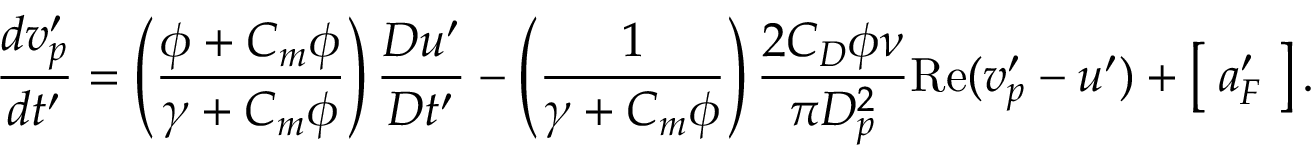
\frac { d v _ { p } ^ { \prime } } { d t ^ { \prime } } = \left( \frac { \phi + C _ { m } \phi } { \gamma + C _ { m } \phi } \right) \frac { D u ^ { \prime } } { D t ^ { \prime } } - \left( \frac { 1 } { \gamma + C _ { m } \phi } \right) \frac { 2 C _ { D } \phi \nu } { \pi D _ { p } ^ { 2 } } \mathrm { R e } ( v _ { p } ^ { \prime } - u ^ { \prime } ) + \left[ \; a _ { F } ^ { \prime } \; \right] .